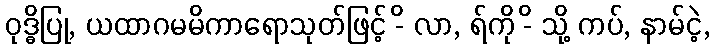
ဝုဒ္ဓိပြု, ယထာဂမမိကာရောသုတ်ဖြင့် -ိ လာ, ရ်ကို -ိ သို့ ကပ်, နာမ်ငဲ့,